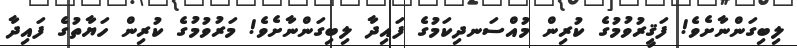
ލިބިގަންނާށެވެ! ފަޤީރުވުމުގެ ކުރިން މުއްސަނދިކަމުގެ ފައިދާ ލިބިގަންނާށެވެ! މަރުވުމުގެ ކުރިން ހަޔާތުގެ ފައިދާ